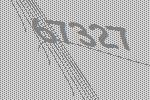
67327